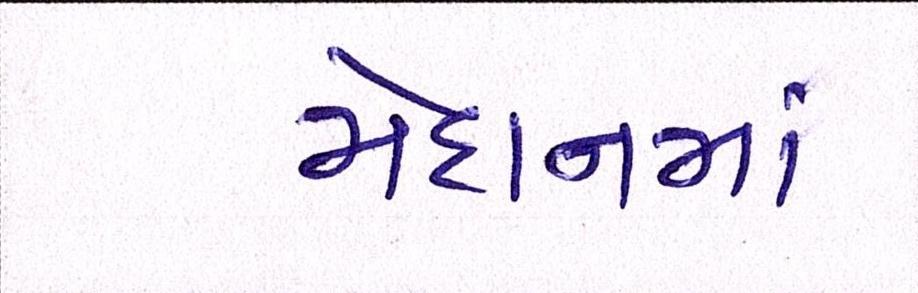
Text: મેદાનના